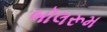
બૉલરૂમ